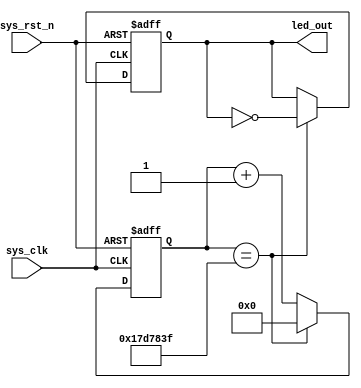
module counter
#(
    parameter   CNT_MAX = 25'd24_999_999 //define this parameter, up-level code can re-define this parameter.
)
(
    input   wire    sys_clk,
    input   wire    sys_rst_n,
    
    output  reg led_out 
);


reg     [24:0]      count;
// because the sys_clk frequency is 50MHz, it's 1 cycle is 20ns, so 25_000_000 cycles = 0.5ms
// and the 25_000_000 present in binary is 1_0111_1101_0111_1000_0100_0000, 25 bit width.
// the counter starts at count[0], so it interval with count[24_999_999] is 25_000_000 cycles.

//when counter reach count_max value, it become zero and restart to counting.
always@ (posedge sys_clk or negedge sys_rst_n)
    if (sys_rst_n == 1'b0)
        count <= 25'd0;
    else if (count == CNT_MAX)
        count <= 25'd0;
    else
        count <= count + 25'd1;

always@ (posedge sys_clk or negedge sys_rst_n)
    if (sys_rst_n == 1'b0)
        led_out <= 1'b0;
    else if (count == CNT_MAX)
        led_out <= ~led_out;
    else
        led_out <= led_out;


endmodule